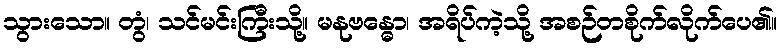
သွားသော။ တွံ၊ သင်မင်းကြီးသို့။ မနုဗန္ဓော၊ အရိပ်ကဲ့သို့ အစဉ်တစိုက်လိုက်ပေ၏။